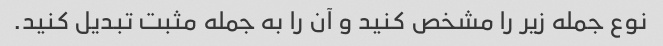
نوع جمله زیر را مشخص کنید و آن را به جمله مثبت تبدیل کنید.